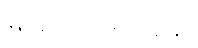
မြရေ၊ ဘာ စားမလဲ။